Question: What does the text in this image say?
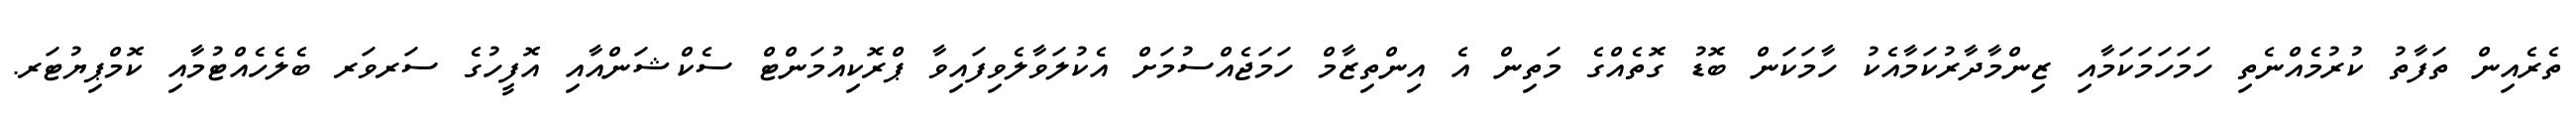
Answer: ތެރެއިން ތަފާތު ކުރުމެއްނެތި ހަމަހަމަކަމާއި ޒިންމާދާރުކަމާއެކު ހާމަކަން ބޮޑު ގޮތެއްގެ މަތިން އެ އިންތިޒާމް ހަމަޖެއްސުމަށް އެކުލަވާލެވިފައިވާ ޕްރޮކިއުމަންޓް ސެކްޝަންއާއި އޮފީހުގެ ސަރވަރ ބެލެހެއްޓުމާއި ކޮމްޕިޔުޓަރ.